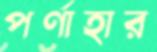
পর্ণাহার